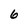
Character: 6